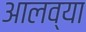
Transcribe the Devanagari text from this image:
आलव्या